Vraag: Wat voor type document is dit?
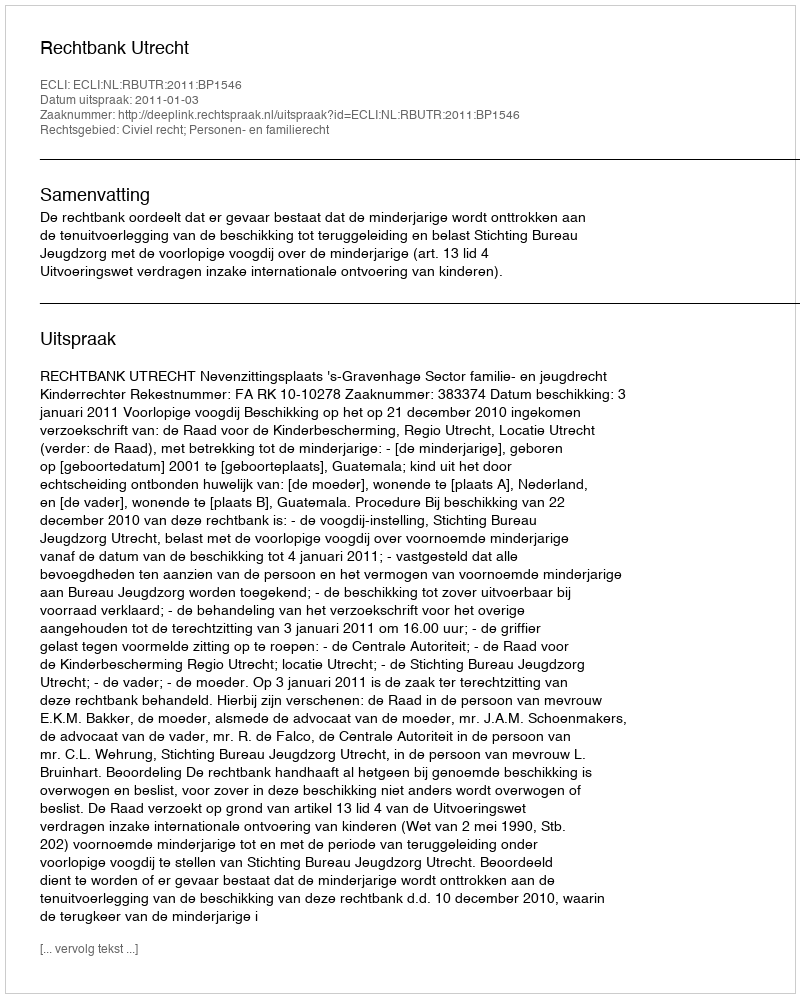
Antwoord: Uitspraak